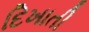
દિખાતી